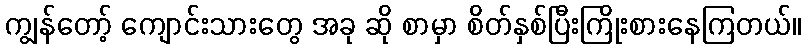
ကျွန်တော့် ကျောင်းသားတွေ အခု ဆို စာမှာ စိတ်နှစ်ပြီးကြိုးစားနေကြတယ်။